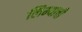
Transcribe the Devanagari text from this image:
लिम्याची